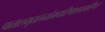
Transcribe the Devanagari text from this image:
पातालभूतलव्योमचारिणश्छद्मचारिणः।